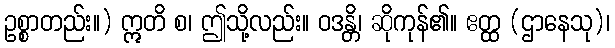
ဥစ္စာတည်း။) ဣတိ စ၊ ဤသို့လည်း။ ဝဒန္တိ၊ ဆိုကုန်၏။ ဧတ္ထ (ဌာနေသု)၊